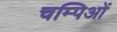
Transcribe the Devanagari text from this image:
चम्पिओं